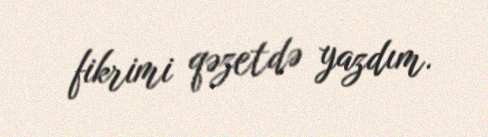
fikrimi qəzetdə yazdım.